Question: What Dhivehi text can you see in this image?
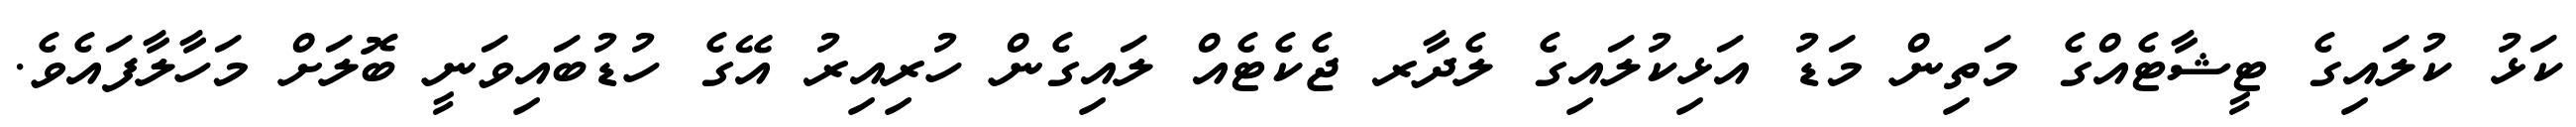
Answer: ކަޅު ކުލައިގެ ޓީޝާޓެއްގެ މަތިން މަޑު އަޅިކުލައިގެ ލެދާރ ޖެކެޓެއް ލައިގެން ހުރިއިރު އޭގެ ހުޑުބައިވަނީ ބޮލަށް މަހާލާފައެވެ.